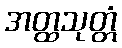
အတ္ထသုတ္တံ